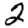
Digit: 2